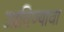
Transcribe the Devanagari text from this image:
उडविण्याचा